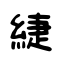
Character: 緁